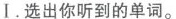
I.选出你听到的单词.